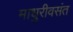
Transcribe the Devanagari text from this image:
माधुरीवसंत